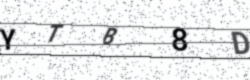
Text: YTB8D